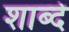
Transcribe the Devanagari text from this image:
शाब्दे